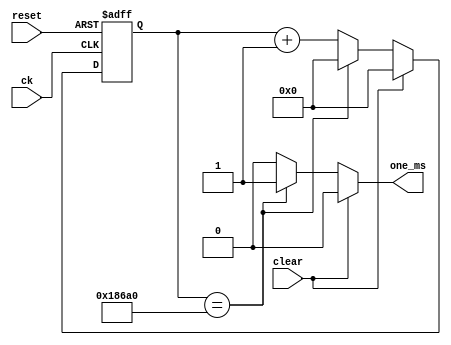
`timescale 1ns/1ps

module ms_enable(
    input ck, reset, clear,
    output reg one_ms
);
    reg [16:0] count, count_next;

    always @(posedge ck, posedge reset) begin
        if (reset) count <= 0;
        else count <= count_next;
    end

    always @(count, clear) begin
        one_ms = 0;
        if (clear) begin
            count_next = 0;
        end
        else if (count == 100_000) begin
            count_next = 0;
            one_ms = 1;
        end
        else begin
            count_next = count + 1;
        end
    end

endmodule